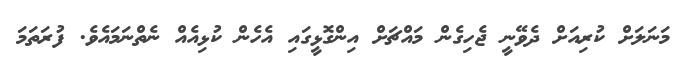
މަނަލަށް ކުރިއަށް ދެވޭނީ ޖެހިގެން މައްޗަށް އިންގޮޅީގައި އެހެން ކުޅިއެއް ނެތްނަމައެވެ. ފުރަތަމަ